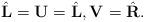
LaTeX: \begin{align*}\hat{\mathbf{L}}_{}=\mathbf{U}=\hat{\mathbf{L}},\mathbf{V}_{}=\hat{\mathbf{R}}_{}.\end{align*}